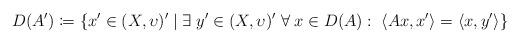
LaTeX: \begin{align*}D(A')\coloneqq\{x'\in(X,\upsilon)'\;|\;\exists\;y'\in(X,\upsilon)'\;\forall\;x\in D(A):\;\langle Ax,x' \rangle=\langle x, y' \rangle\}\end{align*}